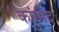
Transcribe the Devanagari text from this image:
कांग्मेद